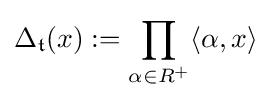
\Delta _{\mathfrak {t}}(x):=\prod _{\alpha \in R^{+}}\langle \alpha ,x\rangle